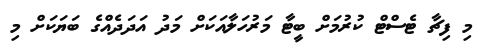
މި ފިޗާ ޓެސްޓް ކުރުުމަށް ބީޓާ މަރުހަލާއަކަށް މަދު އަދަދެއްގެ ބަޔަކަށް މި